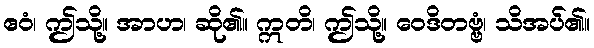
ဧဝံ၊ ဤသို့။ အာဟ၊ ဆို၏။ ဣတိ၊ ဤသို့။ ဝေဒိတဗ္ဗံ၊ သိအပ်၏။